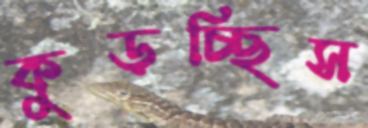
কুড়চ্ছিস